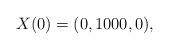
LaTeX: \begin{align*}X(0) = (0, 1000,0),\end{align*}